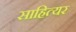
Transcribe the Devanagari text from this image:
साहित्यर